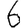
Digit: 6